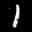
Label: 1